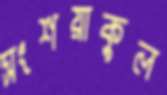
সংশয়াকুল